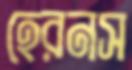
হেরনস